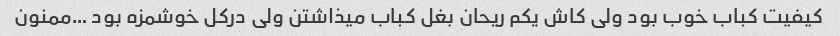
کیفیت کباب خوب بود ولی کاش یکم ریحان بغل کباب میذاشتن ولی درکل خوشمزه بود …ممنون